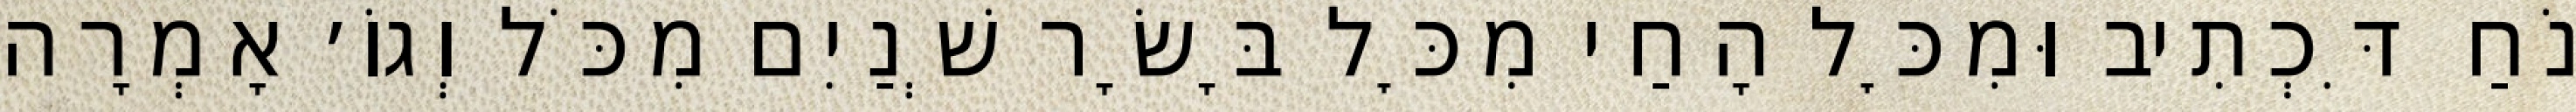
נֹחַ דִּכְתִיב וּמִכׇּל הָחַי מִכׇּל בָּשָׂר שְׁנַיִם מִכֹּל וְגוֹ׳ אָמְרָה